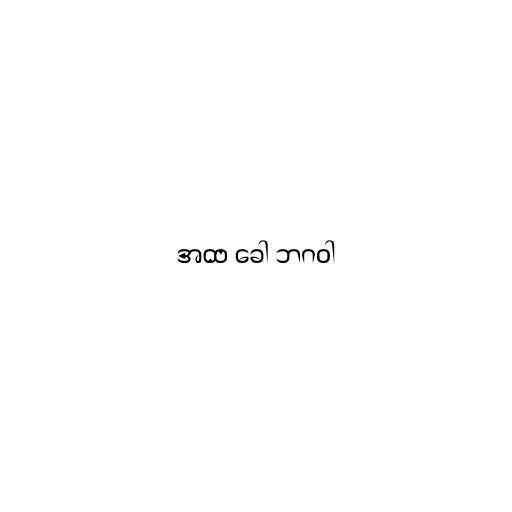
အထ ခေါ ဘဂဝါ